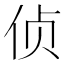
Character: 侦